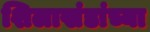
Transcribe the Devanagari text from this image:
शिलाखंडांच्या